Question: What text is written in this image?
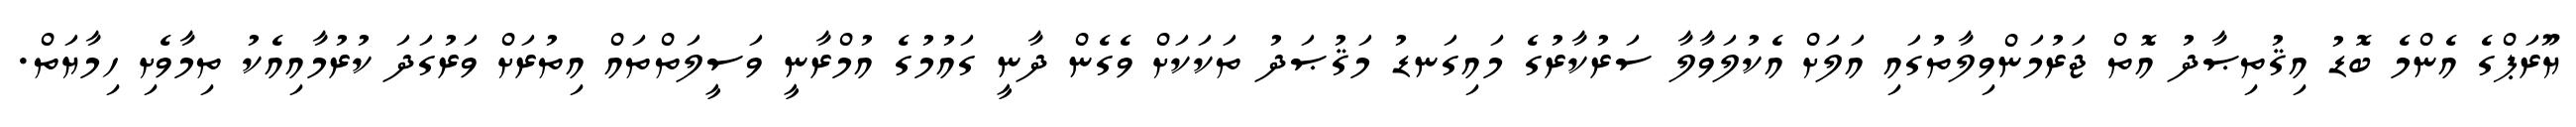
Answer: ޔޫރަޕްގެ އެންމެ ބޮޑު އިޤުތިޞާދު އޮތް ޖަރުމަންވިލާތުގައި އަލަށް އެކުލަވާލާ ސަރުކާރުގެ މައިގަނޑު މަޤުޞަދު ތަކަކަށް ވެގެން ދާނީ ގައުމުގެ އުމްރާނީ ވަސީލަތްތައް އިތުރަށް ވަރުގަދަ ކުރުމާއިއެކު ތިމާވެށި ހިމާޔަތް.